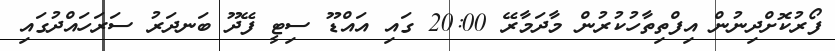
ފޯރުކޮށްދިނުން އިފްތިތާހުކުރުން މާދަމާރޭ 20:00 ގައި އައްޑޫ ސިޓީ ފޭދޫ ބަނދަރު ސަރަހައްދުގައި